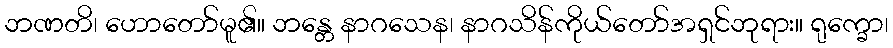
ဘဏတိ၊ ဟောတော်မူ၏။ ဘန္တေ နာဂသေန၊ နာဂသိန်ကိုယ်တော်အရှင်ဘုရား။ ရုက္ခော၊